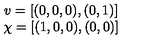
\begin{array} { c } { v = [ ( 0 , 0 , 0 ) , ( 0 , 1 ) ] } \\ { \chi = [ ( 1 , 0 , 0 ) , ( 0 , 0 ) ] } \\ \end{array}